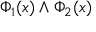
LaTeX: \Phi _ { 1 } ( x ) \land \Phi _ { 2 } ( x )